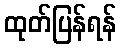
ထုတ်ပြန်ရန်